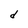
Character: d